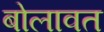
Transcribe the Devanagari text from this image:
बोलावत